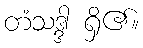
တံသဒ္ဒါ ရှိ၏။